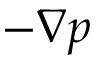
- \nabla p